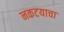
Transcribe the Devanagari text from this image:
नकटयाचा